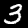
Label: 3